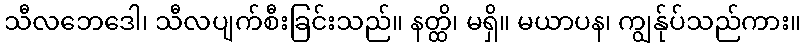
သီလဘေဒေါ၊ သီလပျက်စီးခြင်းသည်။ နတ္ထိ၊ မရှိ။ မယာပန၊ ကျွန်ုပ်သည်ကား။